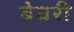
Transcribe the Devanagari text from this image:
बेवरी